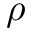
\rho